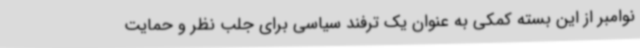
نوامبر از این بسته کمکی به عنوان یک ترفند سیاسی برای جلب نظر و حمایت